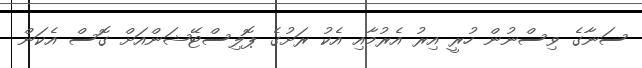
ސަނާގެ ވިސްނުން ހުރީ އިރު އެރުމާއި އެކު ރަށުގެ ޕޮލިސްޓޭޝަންއަށް ގޮސް އެކަން